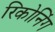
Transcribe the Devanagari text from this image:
रिकोनिंग